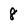
Character: 8